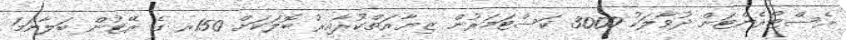
ރެސްޓޯރެންޓަށް ދުވާލަކު 3000 ކަސްޓަމަރުން ޒިޔާރަތްކުރާއިރު ބޮލަކަށް 150ރ ގެ ރޭޓުން ބަލާނަމަ